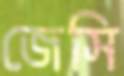
জেসি